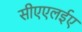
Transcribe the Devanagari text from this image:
सीएएलईए